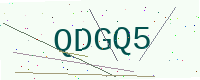
Text: QDGQ5